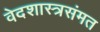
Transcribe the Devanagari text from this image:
वेदशास्त्रसंमत